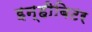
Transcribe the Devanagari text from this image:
इन्हीबिटर